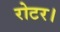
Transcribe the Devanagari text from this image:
रोटर।